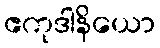
ဧကုဒါနိယော